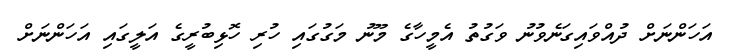
އަހަންނަށް ދުއްވައިގަނެވުނު ވަގުތު އެމީހާގެ މޫނު މަގުގައި ހުރި ހޮޅިބުރީގެ އަލީގައި އަހަންނަށް